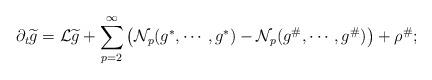
LaTeX: \begin{align*}\partial_t\widetilde{g}=\mathcal{L}\widetilde{g}+\sum_{p=2}^{\infty}\big(\mathcal{N}_p(g^*,\cdots,g^*)-\mathcal{N}_p(g^{\#},\cdots,g^{\#})\big)+\rho^{\#}; \end{align*}